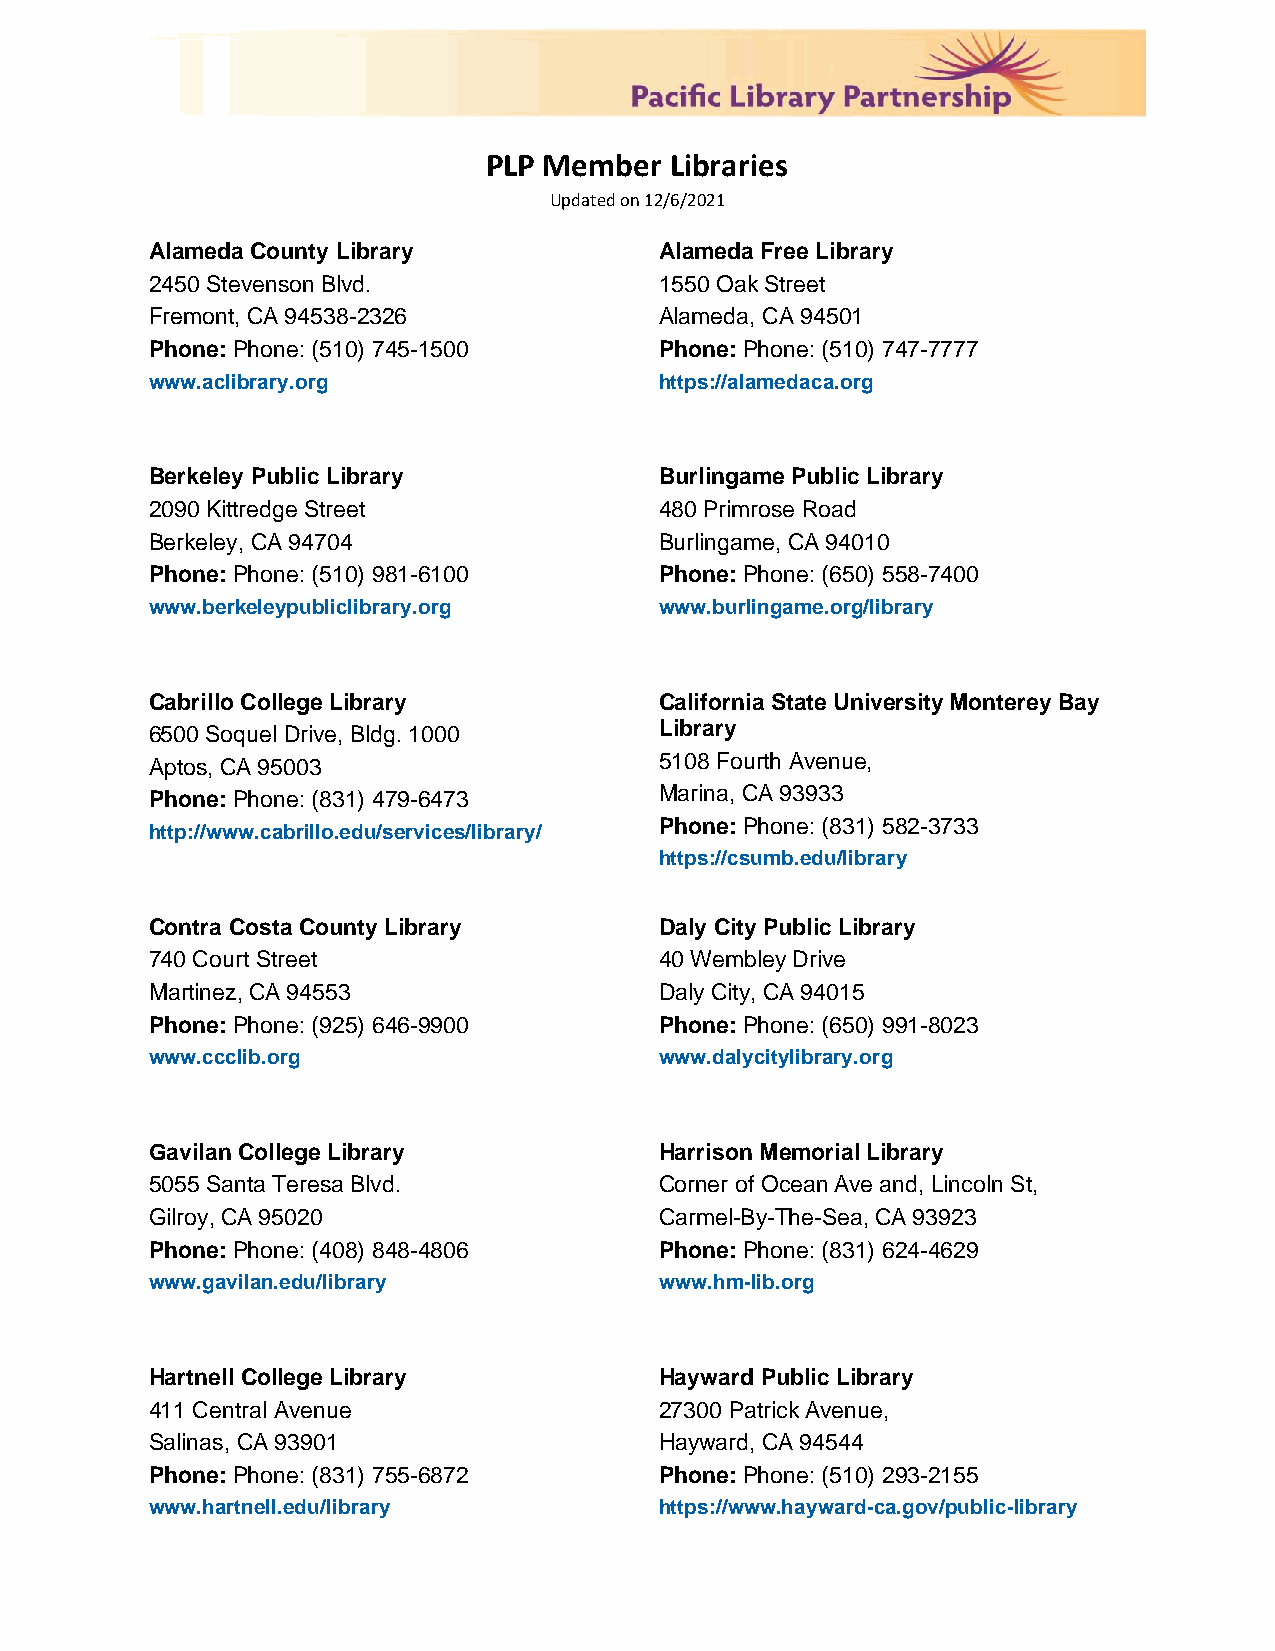
PLP Member  Libraries
 Updated on 12/6/2021
 Alameda County Library            Alameda Free Library
 2450 Stevenson Blvd.              1550 Oak Street
 Fremont, CA 94538-2326            Alameda, CA 94501
 Phone: Phone: (510) 745-1500      Phone: Phone: (510) 747-7777
 www.aclibrary.org                 https://alamedaca.org
 Berkeley Public Library           Burlingame Public Library
 2090 Kittredge Street             480 Primrose Road
 Berkeley, CA 94704                Burlingame, CA 94010
 Phone: Phone: (510) 981-6100      Phone: Phone: (650) 558-7400
 www.berkeleypubliclibrary.org     www.burlingame.org/library
 Cabrillo College Library          California State University Monterey Bay
 6500 Soquel Drive, Bldg. 1000     Library
 Aptos, CA 95003                   5108 Fourth Avenue,
 Phone: Phone: (831) 479-6473      Marina, CA 93933
 Phone: Phone: (831) 582-3733
 http://www.cabrillo.edu/services/library/
 https://csumb.edu/library
 Contra Costa County Library       Daly City Public Library
 740 Court Street                  40 Wembley Drive
 Martinez, CA 94553                Daly City, CA 94015
 Phone: Phone: (925) 646-9900      Phone: Phone: (650) 991-8023
 www.ccclib.org                    www.dalycitylibrary.org
 Gavilan College Library           Harrison Memorial Library
 5055 Santa Teresa Blvd.           Corner of Ocean Ave and, Lincoln St,
 Gilroy, CA 95020                  Carmel-By-The-Sea, CA 93923
 Phone: Phone: (408) 848-4806      Phone: Phone: (831) 624-4629
 www.gavilan.edu/library           www.hm-lib.org
 Hartnell College Library          Hayward Public Library
 411 Central Avenue                27300 Patrick Avenue,
 Salinas, CA 93901                 Hayward, CA 94544
 Phone: Phone: (831) 755-6872      Phone: Phone: (510) 293-2155
 www.hartnell.edu/library          https://www.hayward-ca.gov/public-library